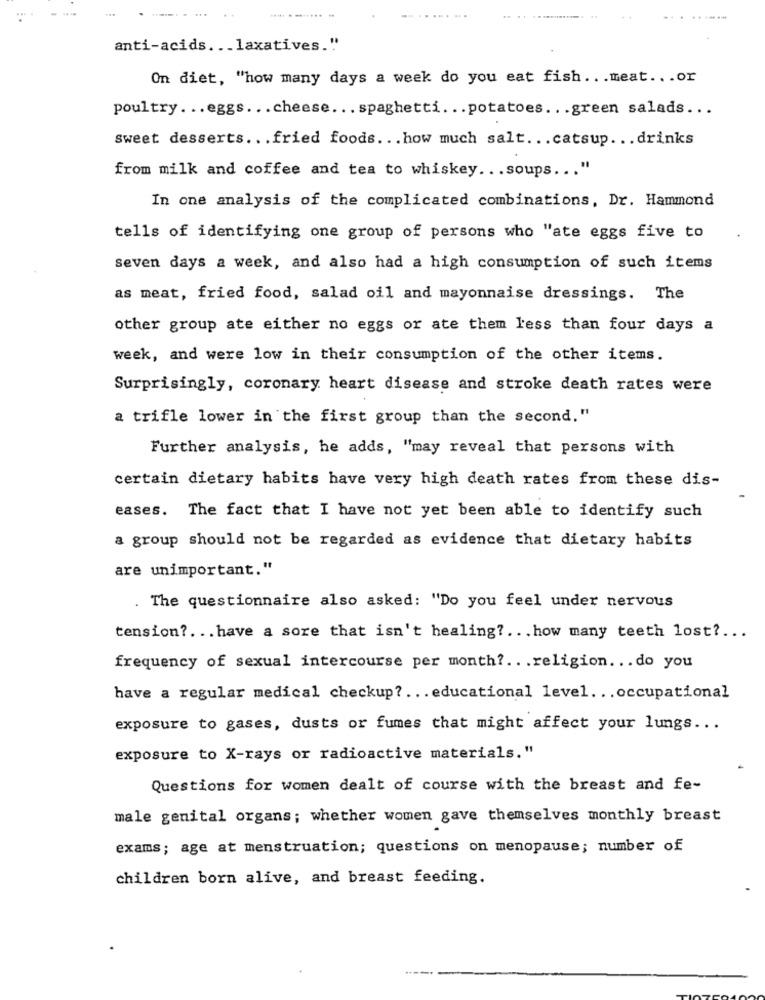
.. .. ............ ..
anti-acids. .. laxatives."
On diet, "how many days a week do you eat fish ... meat ... or
poultry ... eggs ... cheese ... spaghetti ... potatoes ... green salads ...
sweet desserts ... fried foods ... how much salt ... catsup. .. drinks
from milk and coffee and tea to whiskey ... soups ... "
In one analysis of the complicated combinations, Dr. Hammond
tells of identifying one group of persons who "ate eggs five to
seven days a week, and also had a high consumption of such items
as meat, fried food, salad oil and mayonnaise dressings. The
other group ate either no eggs or ate them less than four days a
week, and were low in their consumption of the other items.
Surprisingly, coronary heart disease and stroke death rates were
a trifle lower in the first group than the second."
Further analysis, he adds, "may reveal that persons with
certain dietary habits have very high death rates from these dis-
eases. The fact that I have not yet been able to identify such
a group should not be regarded as evidence that dietary habits
are unimportant."
. The questionnaire also asked: "Do you feel under nervous
tension ?... have a sore that isn't healing ?... how many teeth lost ?...
frequency of sexual intercourse per month ?.. . religion ... do you
have a regular medical checkup ?... educational level ... occupational
exposure to gases, dusts or fumes that might affect your lungs ...
exposure to X-rays or radioactive materials."
Questions for women dealt of course with the breast and fe-
male genital organs; whether women gave themselves monthly breast
exams; age at menstruation; questions on menopause; number of
children born alive, and breast feeding.